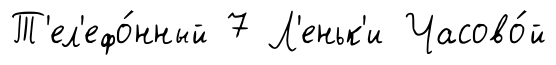
Т'ел'ефо́нный 7 Л'еньк'и Часово́й